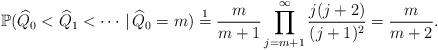
LaTeX: \begin{align*}\mathbb{P}(\widehat{ Q}_0 < \widehat{Q}_1 < \cdots \,|\, \widehat{Q}_0 = m ) \stackrel{1}{=} \frac{ m } {m+1 } \prod_{j={m+1}}^\infty \frac{ j (j+2)}{(j+1)^2} = \frac{m}{m + 2}.\end{align*}